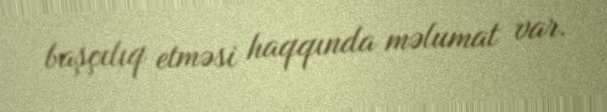
başçılıq etməsi haqqında məlumat var.